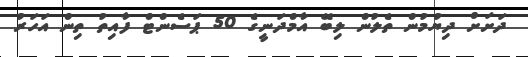
ދަށަށް ދިޔުމުން ތެލުން ލިބޭ އާމްދަނީގެ 50 ޕަސެންޓް ފާއިތު ތިން އަހަރު